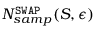
N _ { s a m p } ^ { \mathtt { S W A P } } ( S , \epsilon )